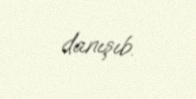
danışıb.